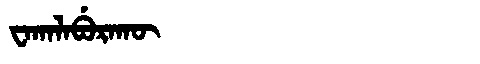
Manchu: ᠸᠠᡴᠠᠯᠠᠪᡠᡵᠠᡴᡡ
Romanization: WAKALABURAKŪ